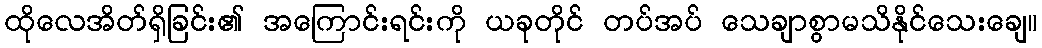
ထိုလေအိတ်ရှိခြင်း၏ အကြောင်းရင်းကို ယခုတိုင် တပ်အပ် သေချာစွာမသိနိုင်သေးချေ။